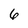
Character: 6